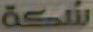
شكة